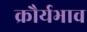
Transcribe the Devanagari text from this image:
क्रौर्यभाव